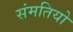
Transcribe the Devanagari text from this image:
संमतियो